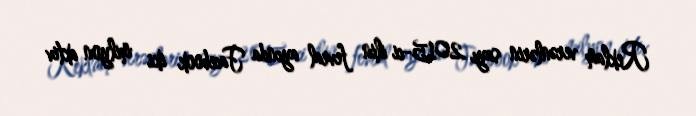
Reklam verənlərin sayı 2015-ci ilin fevral ayında Facebook iki milyon aktiv